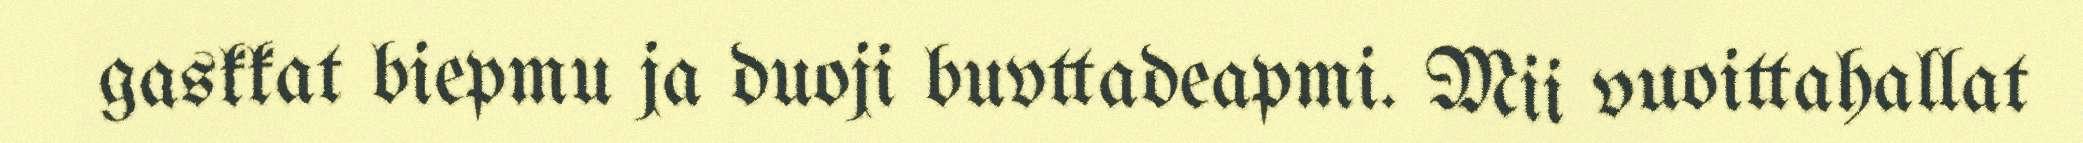
gaskkat biepmu ja duoji buvttadeapmi. Mii vuoittahallat